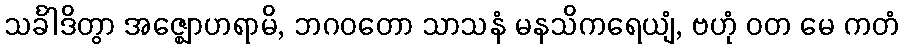
သင်္ခါဒိတွာ အဇ္ဈောဟရာမိ, ဘဂဝတော သာသနံ မနသိကရေယျံ, ဗဟုံ ဝတ မေ ကတံ